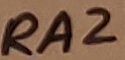
Text: RA2